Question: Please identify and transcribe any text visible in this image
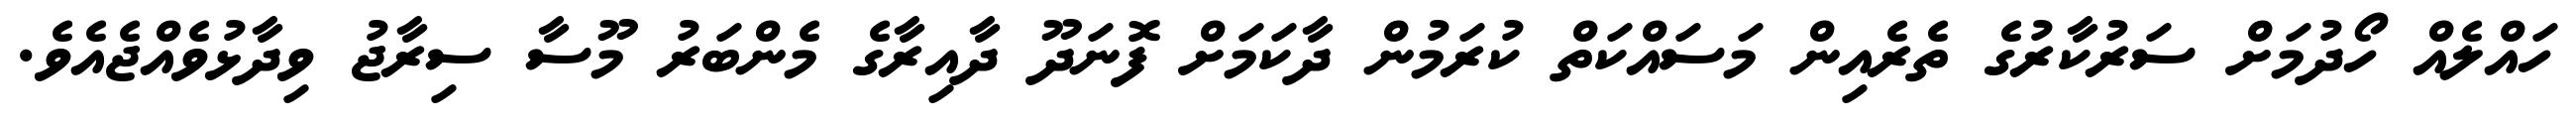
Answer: ހައްލެއް ހޯދުމަށް ސަރުކާރުގެ ތެރެއިން މަސައްކަތް ކުރަމުން ދާކަމަށް ފޮނަދޫ ދާއިރާގެ މެންބަރު މޫސާ ސިރާޖު ވިދާޅުވެއްޖެއެވެ.